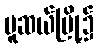
မူဆယ်မြို့၌